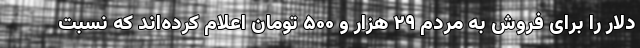
دلار را برای فروش به مردم ۲۹ هزار و ۵۰۰ تومان اعلام کرده‌اند که نسبت